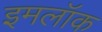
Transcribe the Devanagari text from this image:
इमलॉक